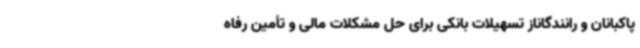
پاکبانان و رانندگاناز تسهیلات بانکی برای حل مشکلات مالی و تأمین رفاه